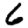
Digit: 6